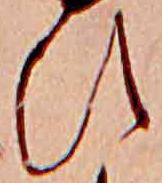
ひ